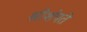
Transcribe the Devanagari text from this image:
श्रीशंपते